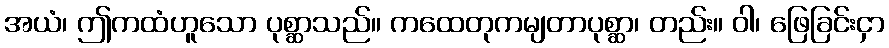
အယံ၊ ဤကထံဟူသော ပုစ္ဆာသည်။ ကထေတုကမျတာပုစ္ဆာ၊ တည်း။ ဝါ၊ ဖြေခြင်းငှာ